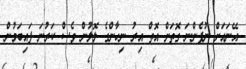
އޭނައަށް ނުފެންނަ ގޮތަށް އޮތް އިރު ނިހާންގެ ލޮލުން ވެސް ކަރުނަ ފައިބަމުން